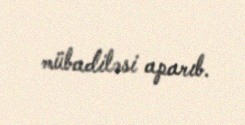
mübadiləsi aparıb.